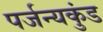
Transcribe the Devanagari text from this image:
पर्जन्यकुंड